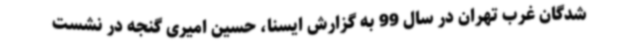
شدگان غرب تهران در سال 99 به گزارش ایسنا، حسین امیری گنجه در نشست